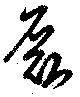
磊